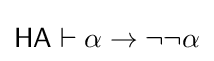
{\mathsf {HA}}\vdash \alpha \to \neg \neg \alpha